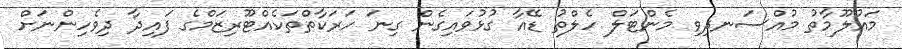
މައުލޫމާތު މުއްސަނދިވި މެންޓަލް ހެލްތު ޑޭއާ ގުޅުވައިގެން ގިނަ ހަރަކާތްތަކެއްޓޫރިޒަމްގެ ފައިދާ ދިވެހިންނަށް